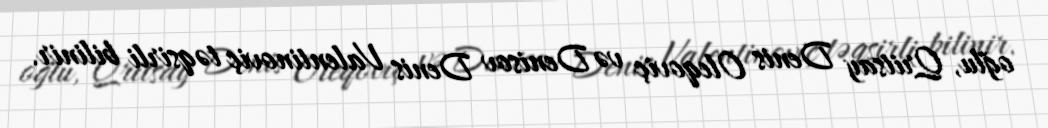
oğlu, Qritsay Denis Oleqoviç və Denisov Denis Valentinoviç təqsirli bilinir.